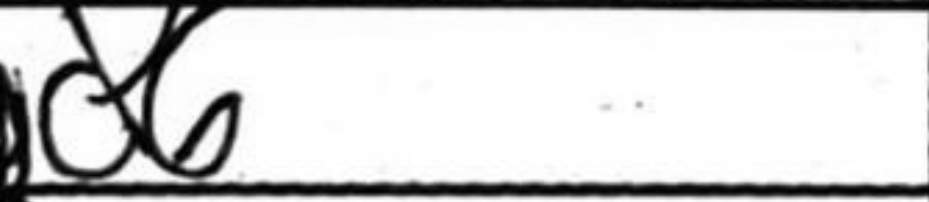
Transcription: Bd6